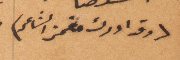
(وقد ادرك مغمز الشاعر)